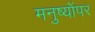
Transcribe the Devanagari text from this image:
मनुष्योंपर